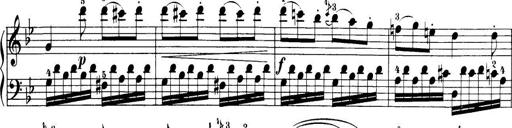
Title: 32 Sonatinas and Rondos for the Piano
Composer: Richard Kleinmichel